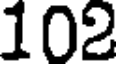
102